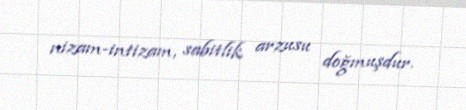
nizam-intizam, sabitlik arzusu doğmuşdur.